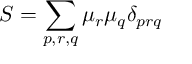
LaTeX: S = \sum _ { p , r , q } \mu _ { r } \mu _ { q } \delta _ { p r q }